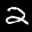
Label: 2